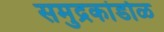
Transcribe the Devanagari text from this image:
समुद्रकांडोळ